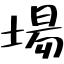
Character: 場